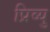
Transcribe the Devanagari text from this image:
प्रिव्यु